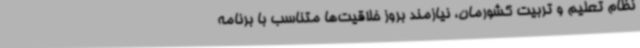
نظام تعلیم و تربیت کشورمان، نیازمند بروز خلاقیت‌ها متناسب با برنامه